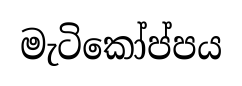
මැටිකෝප්පය